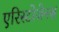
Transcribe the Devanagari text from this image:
एरिस्टोजेनस